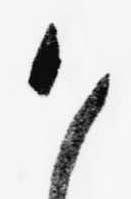
御